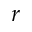
\boldsymbol { r }